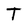
Character: T